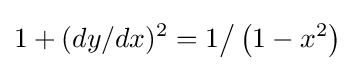
1+(dy/dx)^{2}=1{\big /}\left(1-x^{2}\right)